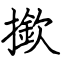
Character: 撳